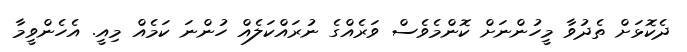
ދެކޮޅަށް ތެދުވާ މީހުންނަށް ކޮންމެވެސް ވަރެއްގެ ނުރައްކަލެއް ހުންނަ ކަމެއް މިއީ. އެހެންވީމާ